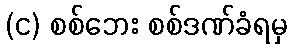
(င) စစ်ဘေး စစ်ဒဏ်ခံရမှ